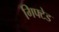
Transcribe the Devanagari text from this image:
गिफ्टेड